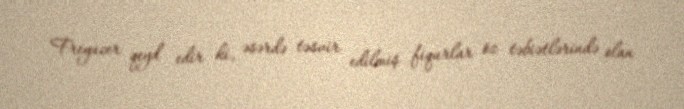
Freyncer qeyd edir ki, əsərdə təsvir edilmiş fiqurlar öz təbiətlərində olan